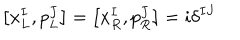
\left[ x _ { L } ^ { I } , p _ { L } ^ { J } \right] = \left[ x _ { R } ^ { I } , p _ { R } ^ { J } \right] = i \delta ^ { I J }